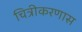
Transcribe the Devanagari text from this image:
चित्रीकरणास